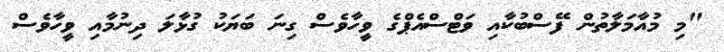
"މި މުއާމަލާތުން ފޭސްބުކާއި ވަޓްސްއެޕްގެ ވީހާވެސް ގިނަ ބަޔަކު ގުޅާލަ ދިނުމާއި ވީހާވެސް